Annual statistical returns and brief notes on vaccination in Bengal - 1909-1929
Year: 1909
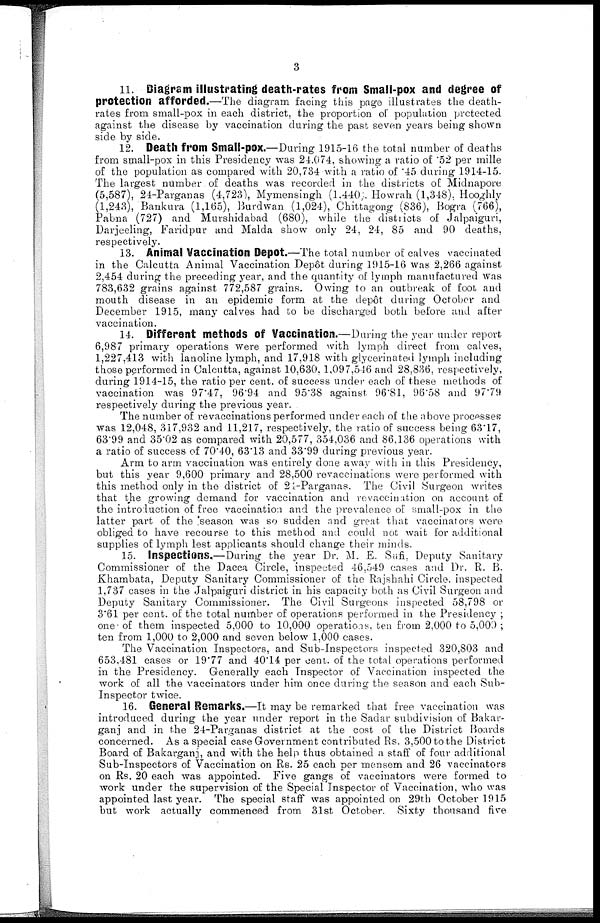
3
11. Diagram illustrating death-rates from Small-pox and degree of
protection afforded.—The diagram facing this page illustrates the death-
rates from small-pox in each district, the proportion of population protected
against the disease by vaccination during the past seven years being shown
side by side.
12. Death from Small-pox.—During 1915-16 the total number of deaths
from small-pox in this Presidency was 24.074, showing a ratio of .52 per mille
of the population as compared with 20,734 with a ratio of .45 during 1914-15.
The largest number of deaths was recorded in the districts of Midnapore
(5,587), 24-Parganas (4,723), Mymensingh (1.440), Howrah (1,348), Hooghly
(1,243), Bankura (1,165), Burdwan (1,024), Chittagong (836), Bogra (766),
Pabna (727) and Murshidabad (680), while the districts of Jalpaiguri,
Darjeeling, Faridpur and Malda show only 24, 24, 85 and 90 deaths,
respectively.
13. Animal Vaccination Depot.—The total number of calves vaccinated
in the Calcutta Animal Vaccination Depôt during 1915-16 was 2,266 against
2,454 during the preceding year, and the quantity of lymph manufactured was
783,632 grains against 772,587 grains. Owing to an outbreak of foot and
mouth disease in an epidemic form at the depôt during October and
December 1915, many calves had to be discharged both before and after
vaccination.
14. Different methods of Vaccination.—During the year under report
6,987 primary operations were performed with lymph direct from calves,
1,227,413 with lanoline lymph, and 17,918 with glycerinated lymph including
those performed in Calcutta, against 10,630, 1,097,546 and 28,836, respectively,
during 1914-15, the ratio per cent. of success under each of these methods of
vaccination was 97.47, 96.94 and 95.38 against 96.81, 96.58 and 97.79
respectively during the previous year.
The number of revaccinations performed under each of the above processes
was 12,048, 317,932 and 11,217, respectively, the ratio of success being 63.17,
63.99 and 35.02 as compared with 20,577, 354,036 and 86,136 operations with
a ratio of success of 70.40, 63.13 and 33.99 during previous year.
Arm to arm vaccination was entirely done away with in this Presidency,
but this year 9,600 primary and 28,500 revaccinations were performed with
this method only in the district of 24-Parganas. The Civil Surgeon writes
that the growing demand for vaccination and revaccination on account of
the introduction of free vaccination and the prevalence of small-pox in the
latter part of the season was so sudden and great that vaccinators were
obliged to have recourse to this method and could not wait for additional
supplies of lymph lest applicants should change their minds.
15. Inspections.—During the year Dr. M. E. Sufi, Deputy Sanitary
Commissioner of the Dacca Circle, inspected 46,549 cases and Dr. R. B.
Khambata, Deputy Sanitary Commissioner of the Rajshahi Circle. inspected
1,737 cases in the Jalpaiguri district in his capacity both as Civil Surgeon and
Deputy Sanitary Commissioner. The Civil Surgeons inspected 58,798 or
3.61 per cent. of the total number of operations performed in the Presidency ;
one of them inspected 5,000 to 10,000 operations, ten from 2,000 to 5,000 ;
ten from 1,000 to 2,000 and seven below 1,000 cases.
The Vaccination Inspectors, and Sub-Inspectors inspected 320,803 and
653,481 cases or 19.77 and 40.14 per cent. of the total operations performed
in the Presidency. Generally each Inspector of Vaccination inspected the
work of all the vaccinators under him once during the season and each Sub-
Inspector twice.
16. General Remarks.—It may be remarked that free vaccination was
introduced during the year under report in the Sadar subdivision of Bakar-
ganj and in the 24-Parganas district at the cost of the District Boards
concerned. As a special case Government contributed Rs. 3,500 to the District
Board of Bakarganj, and with the help thus obtained a staff of four additional
Sub-Inspectors of Vaccination on Rs. 25 each per mensem and 26 vaccinators
on Rs. 20 each was appointed. Five gangs of vaccinators were formed to
work under the supervision of the Special Inspector of Vaccination, who was
appointed last year. The special staff was appointed on 29th October 1915
but work actually commenced from 31st October. Sixty thousand five